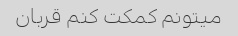
میتونم کمکت کنم قربان